Reports on dispensaries and lunatic asylums in the Province of Oudh - 1869-1876
Year: 1869
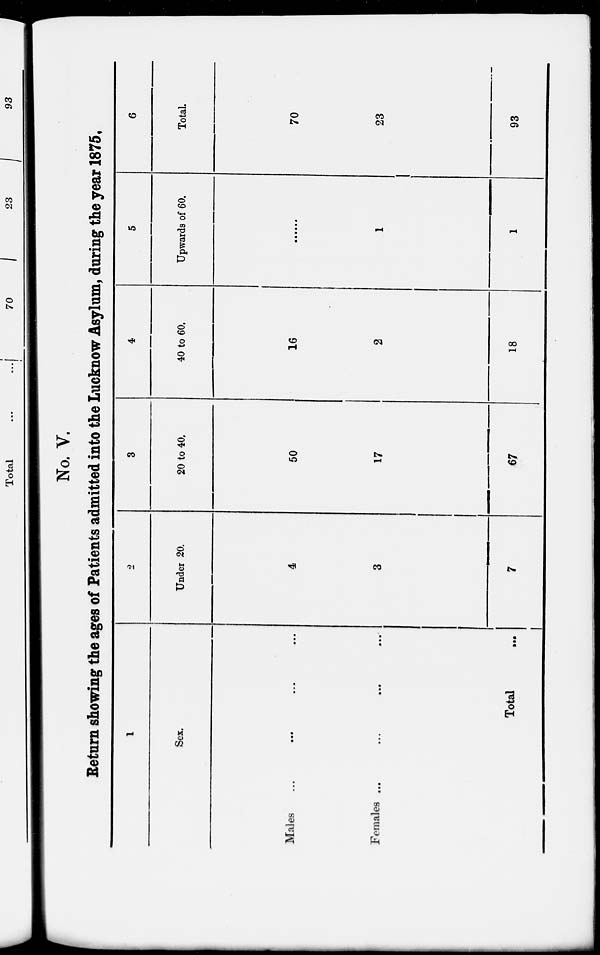
No. V.
Return showing the ages of Patients admitted into the Lucknow Asylum, during the year 1875.
1
Sex.
Males ... ... ... ...
Females ... ... ... ...
Total
...
2
Under 20.
4
3
7
3
20 to 40.
50
17
67
4
40 to 60.
16
2
18
5
Upwards of 60.
......
1
1
6
Total.
70
23
93